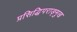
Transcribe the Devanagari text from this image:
प्रसिद्धिपराङ्मुख